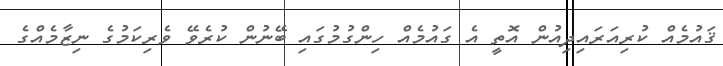
ޤައުމެއް ކުރިއަރައިދިއުން އޮތީ އެ ގައުމެއް ހިންގުމުގައި ބޭނުން ކުރެވޭ ވެރިކަމުގެ ނިޒާމެއްގެ